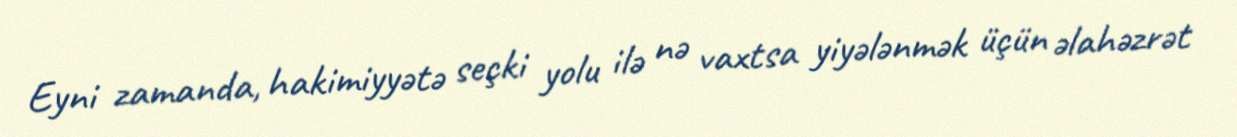
Eyni zamanda, hakimiyyətə seçki yolu ilə nə vaxtsa yiyələnmək üçün əlahəzrət